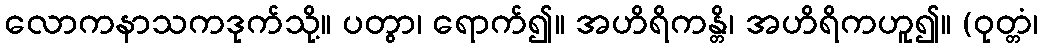
လောကနာသကဒုက်သို့။ ပတွာ၊ ရောက်၍။ အဟိရိကန္တိ၊ အဟိရိကဟူ၍။ (ဝုတ္တံ၊